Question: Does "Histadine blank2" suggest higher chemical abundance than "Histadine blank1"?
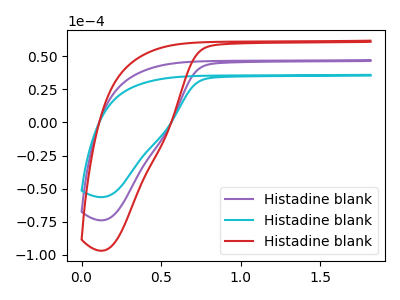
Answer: <think>The purple curve "Histadine blank1" has no peaks. The cyan curve "Histadine blank2" has no peaks. The red curve "Histadine blank3" has no peaks.
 Neither "Histadine blank2" or "Histadine blank1" have any peaks.</think>
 <answer>I cant tell if "Histadine blank2" or "Histadine blank1" has more signal.</answer>
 <eval>mixed_signal</eval>